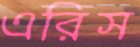
এরিস